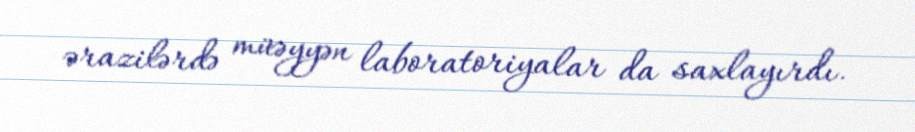
ərazilərdə müəyyən laboratoriyalar da saxlayırdı.